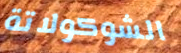
الشوكولاتة